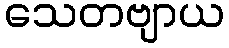
သေတဗျာယ